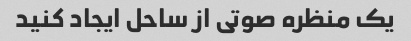
یک منظره صوتی از ساحل ایجاد کنید